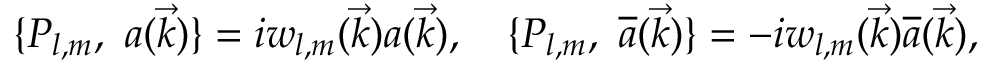
\{ P _ { l , m } , \ a ( \vec { k } ) \} = i w _ { l , m } ( \vec { k } ) a ( \vec { k } ) , \quad \{ P _ { l , m } , \ { \overline { { { a } } } } ( \vec { k } ) \} = - i w _ { l , m } ( \vec { k } ) { \overline { { { a } } } } ( \vec { k } ) ,